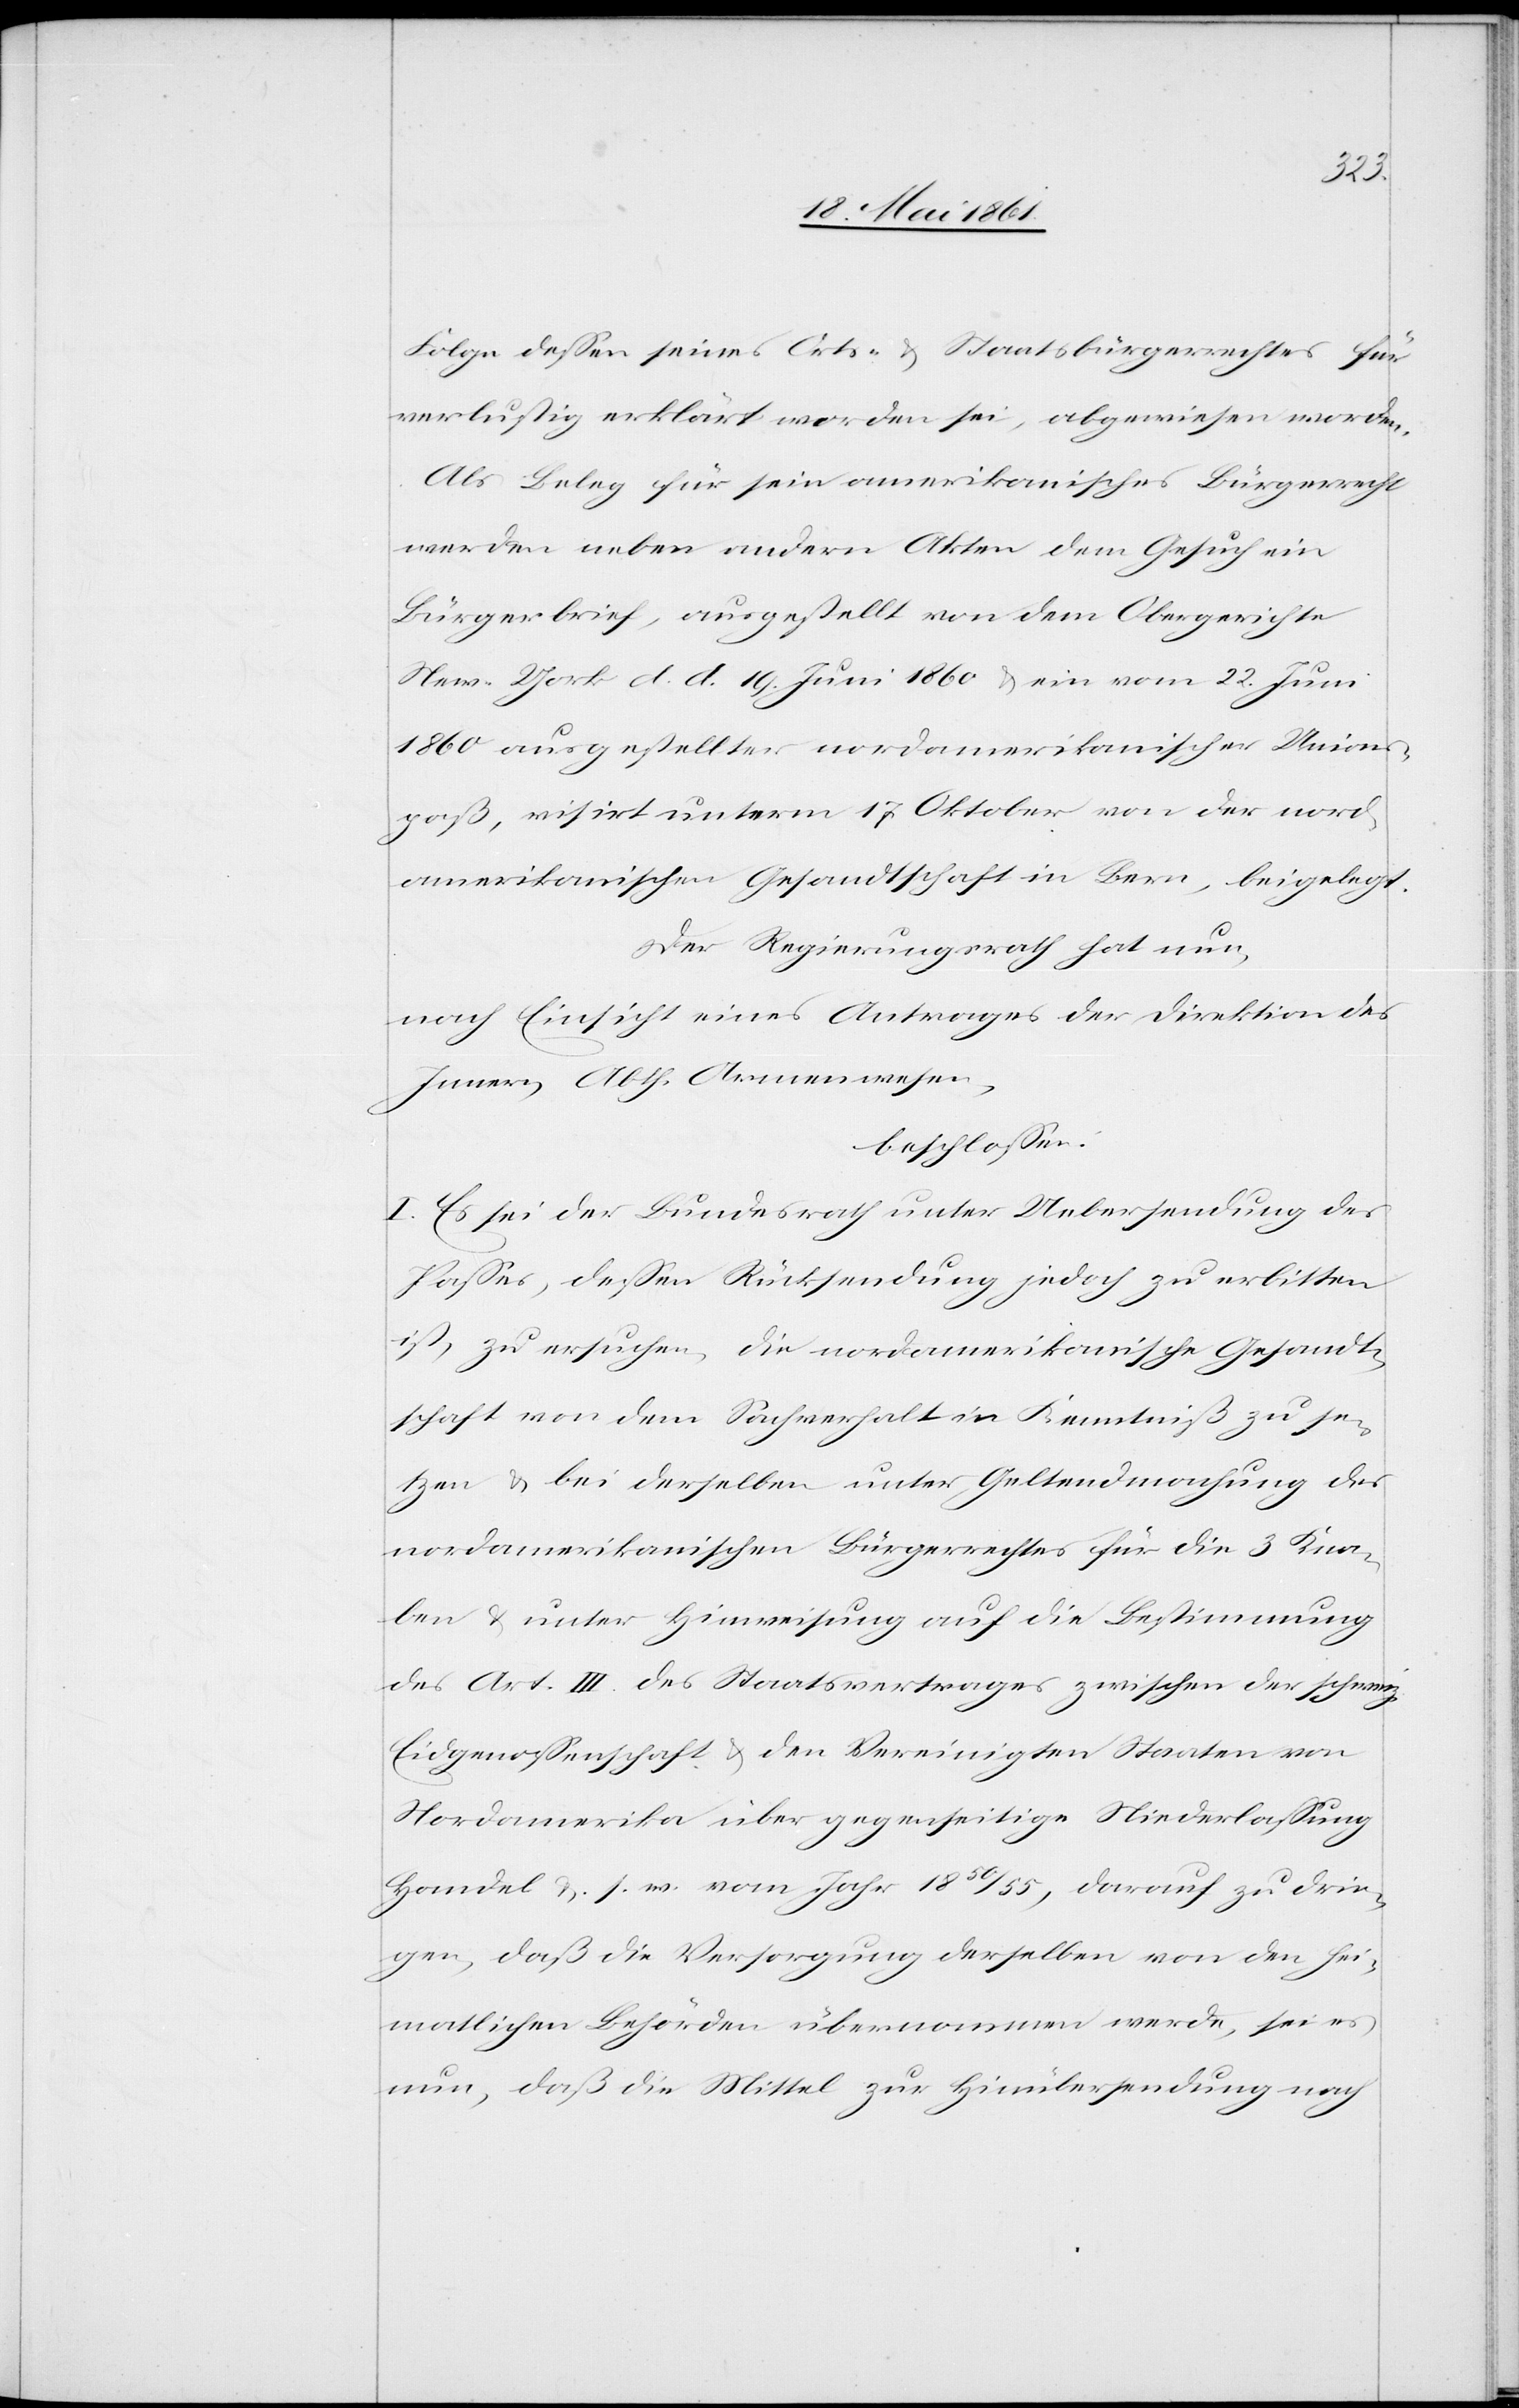
Folge dessen seines Orts- u. Staatsbürgerrechtes für
verlustig erklärt worden sei, abgewiesen worden.
Als Beleg für sein amerikanisches Bürgerrecht
werden neben andern Akten dem Gesuch ein
Bürgerbrief, ausgestellt von dem Obergerichte
New-York d. d. 19. Juni 1860 u. ein vom 22. Juni
1860 ausgestellter nordamerikanischer Unions¬
paß, visirt unterm 17. Oktober von der nord¬
amerikanischen Gesandtschaft in Bern, beigelegt.
Der Regierungsrath hat nun,
nach Einsicht eines Antrages der Direktion des
Innern, Abth. Armenwesen,
beschlossen:
I. Es sei der Bundesrath unter Uebersendung des
Passes, dessen Rücksendung jedoch zu erbitten
ist, zu ersuchen, die nordamerikanische Gesandt¬
schaft von dem Sachverhalt in Kenntniß zu se¬
tzen u. bei derselben unter Geltendmachung des
nordamerikanischen Bürgerrechtes für die 3 Kna¬
ben u. unter Hinweisung auf die Bestimmung
des Art. III des Staatsvertrages zwischen der schweiz.
Eidgenossenschaft u. den Vereinigten Staaten von
Nordamerika über gegenseitige Niederlassung
Handel u. s. w. vom Jahr 1850/55, darauf zu drin¬
gen, daß die Versorgung derselben von den hei¬
matlichen Behörden übernommen werde, sei es
nun, daß die Mittel zur Hinübersendung nach